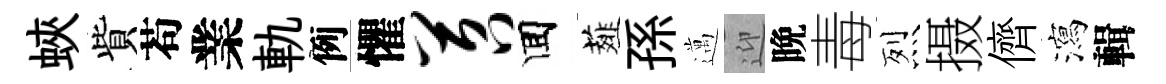
蛺貲苟業軌例懼苕囬薤孫邁迎晩毒烈摄儕瀉輯